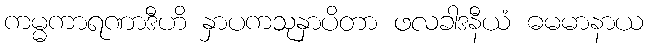
ကမ္မကာရဏာဒီဟိ နှာပကသုနှာပိတာ ဖလခါဒနီယံ ဓမမာနာယ